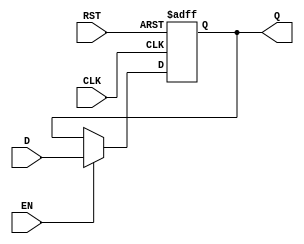
module DataRegister #(
    parameter WIDTH = 8  // Width of the data register (default is 8 bits)
) (
    input wire [WIDTH-1:0] D,    // Data input
    input wire CLK,               // Clock input
    input wire RST,               // Reset input
    input wire EN,                // Enable input
    output reg [WIDTH-1:0] Q      // Data output
);

    // Asynchronous reset and synchronous capture on clock edge
    always @(posedge CLK or posedge RST) begin
        if (RST) begin
            Q <= {WIDTH{1'b0}};     // Clear the register
        end else if (EN) begin
            Q <= D;                 // Capture the input data
        end
    end

endmodule